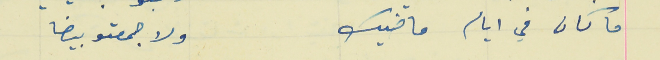
ما كان في ايام ماضيك                                            ولا جمعتو بيضا